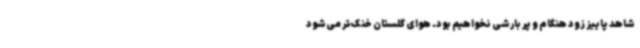
شاهد پاییز زود هنگام و پر بارشی نخواهیم بود. هوای گلستان خنک‌تر می‌شود